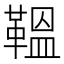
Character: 鞰